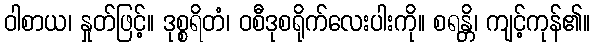
ဝါစာယ၊ နှုတ်ဖြင့်။ ဒုစ္စရိတံ၊ ဝစီဒုစရိုက်လေးပါးကို။ စရန္တိ၊ ကျင့်ကုန်၏။